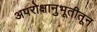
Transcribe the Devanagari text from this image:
अपरोक्षानुभूतीतून